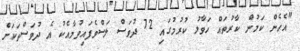
"އެހެން ކަމުން ކާރުތައް ހަވާލު ކުރުމުގައި 72 ދުވަސް ލަސްވެފައިވުމާއެކު އެ ދުވަސްތަކަށް